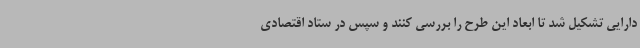
دارایی تشکیل شد تا ابعاد این طرح را بررسی کنند و سپس در ستاد اقتصادی